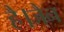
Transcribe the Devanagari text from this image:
है।जैन